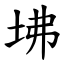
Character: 坲